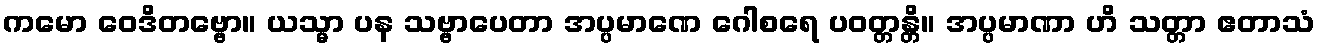
ကမော ဝေဒိတဗ္ဗော။ ယသ္မာ ပန သဗ္ဗာပေတာ အပ္ပမာဏေ ဂေါစရေ ပဝတ္တန္တိ။ အပ္ပမာဏာ ဟိ သတ္တာ ဧတာသံ